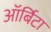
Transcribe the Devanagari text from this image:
ऑर्बिटा